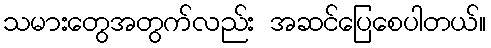
သမားတွေအတွက်လည်း အဆင်ပြေစေပါတယ်။